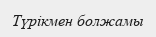
Түрікмен болжамы